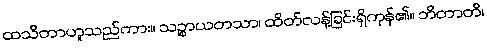
ထသိတာဟူသည်ကား။ သဉ္စာယတသာ၊ ထိတ်လန့်ခြင်းရှိကုန်၏။ ဘိတာတိ၊